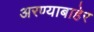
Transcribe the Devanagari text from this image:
अरण्याबाहेर